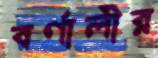
বর্ণালীর